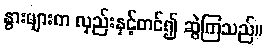
နွားများက လှည်းနှင့်တင်၍ ဆွဲကြသည်။